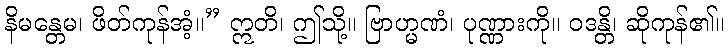
နိမန္တေမ၊ ဖိတ်ကုန်အံ့။” ဣတိ၊ ဤသို့။ ဗြာဟ္မဏံ၊ ပုဏ္ဏားကို။ ဝဒန္တိ၊ ဆိုကုန်၏။